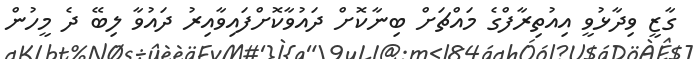
ގާޒީ ވިދާޅުވީ އިއުތިރާފްގެ މައްޗަށް ބިނާކޮށް ދައުވާކޮށްފައިވާއިރު ދައުވާ ލިބޭ ދެ މީހުން